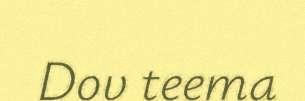
Dov teema